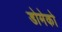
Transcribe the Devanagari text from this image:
डोमेको